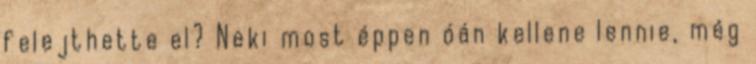
felejthette el? Neki most éppen óán kellene lennie, még